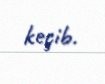
keçib.